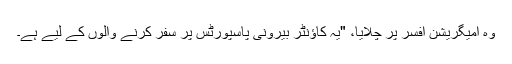
وہ امیگریشن افسر پر چلایا، "یہ کاؤنٹر بیرونی پاسپورٹس پر سفر کرنے والوں کے لیے ہے۔